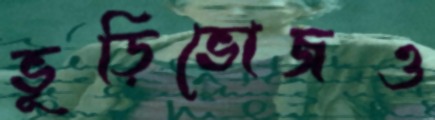
ভূড়িভোজও